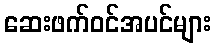
ဆေးဖက်ဝင်အပင်များ